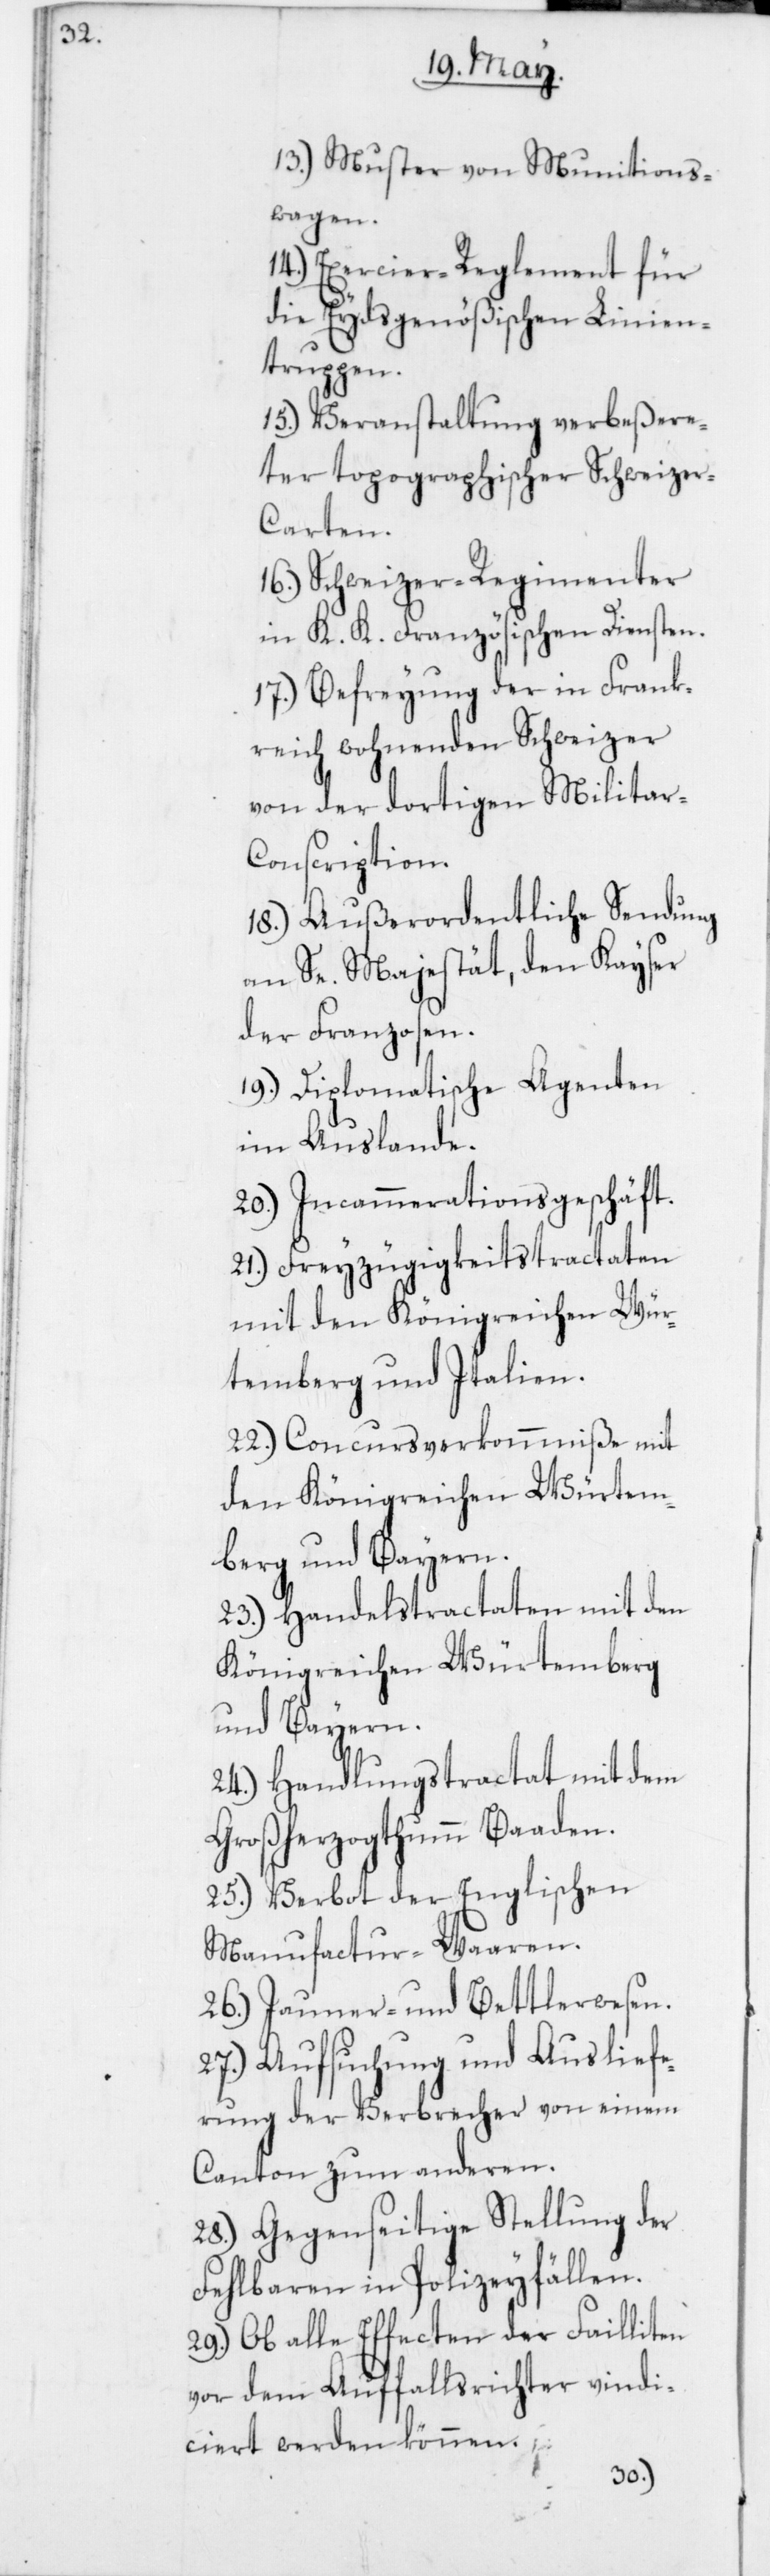
13. Muster von Munitions¬
wagen.
14. Exercier-Reglement für
die Eydsgenößischen Linien¬
truppen.
15. Veranstaltung verbeßere¬
ter topographischer Schweize¬
r-Carten.
16. Schweizer-Regimenter
in K. K. Französischen Diensten.
17. Befreyung der in Frank¬
reich wohnenden Schweizer
von der dortigen Militar-C¬
onscription.
18. Außerordentliche Sendung
an Se. Majestät, den Kayser
der Franzosen.
19. Diplomatische Agenten
im Auslande.
20. Incammerationsgeschäft.
21. Freyzügigkeitstractaten
mit den Königreichen Wür¬
temberg und Italien.
22. Concursverkommniße mit
den Königreichen Würtem¬
berg und Bayern.
23. Handelstractaten mit den
Königreichen Würtemberg
und Bayern.
24. Handlungstractat mit dem
Großherzogthumm Baaden.
25. Verbot der Englischen
Manufactur-Waaren.
26. Jauner- und Bettlerwesen.
27. Aufsuchung und Ausliefe¬
rung der Verbrecher von einem
Canton zum anderen.
28. Gegenseitige Stellung der
Fehlbaren in Polizeyfällen.
29. Ob alle Effecten der Failliten
vor dem Auffallsrichter vindi¬
ciert werden können.